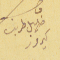
ماضي خليل طربي كيروز